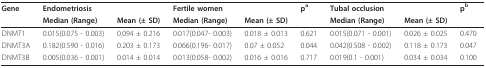
| Gene | <COLSPAN=2> Endometriosis | <COLSPAN=2> Fertile women | pa | <COLSPAN=2> Tubal occlusion | pb |
 |  | Median (Range) | Mean (± SD) | Median (Range) | Mean (± SD) |  | Median (Range) | Mean (± SD) |  |
 | --- | --- | --- | --- | --- | --- | --- | --- | --- |
 | DNMT1 | 0.015(0.075 - 0.003) | 0.094 ± 0.216 | 0.017(0.047- 0.003) | 0.018 ± 0.013 | 0.621 | 0.015(0.071 - 0.001) | 0.026 ± 0.025 | 0.470 |
 | DNMT3A | 0.182(0.590 - 0.016) | 0.203 ± 0.173 | 0.066(0.196- 0.017) | 0.07 ± 0.052 | 0.044 | 0.042(0.508 - 0.002) | 0.118 ± 0.173 | 0.047 |
 | DNMT3B | 0.005(0.036 - 0.001) | 0.014 ± 0.014 | 0.013(0.058- 0.002) | 0.016 ± 0.016 | 0.717 | 0.019(0.1 - 0.001) | 0.034 ± 0.034 | 0.100 |